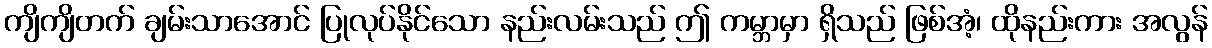
ကျိကျိတက် ချမ်းသာအောင် ပြုလုပ်နိုင်သော နည်းလမ်းသည် ဤ ကမ္ဘာမှာ ရှိသည် ဖြစ်အံ့၊ ထိုနည်းကား အလွန်